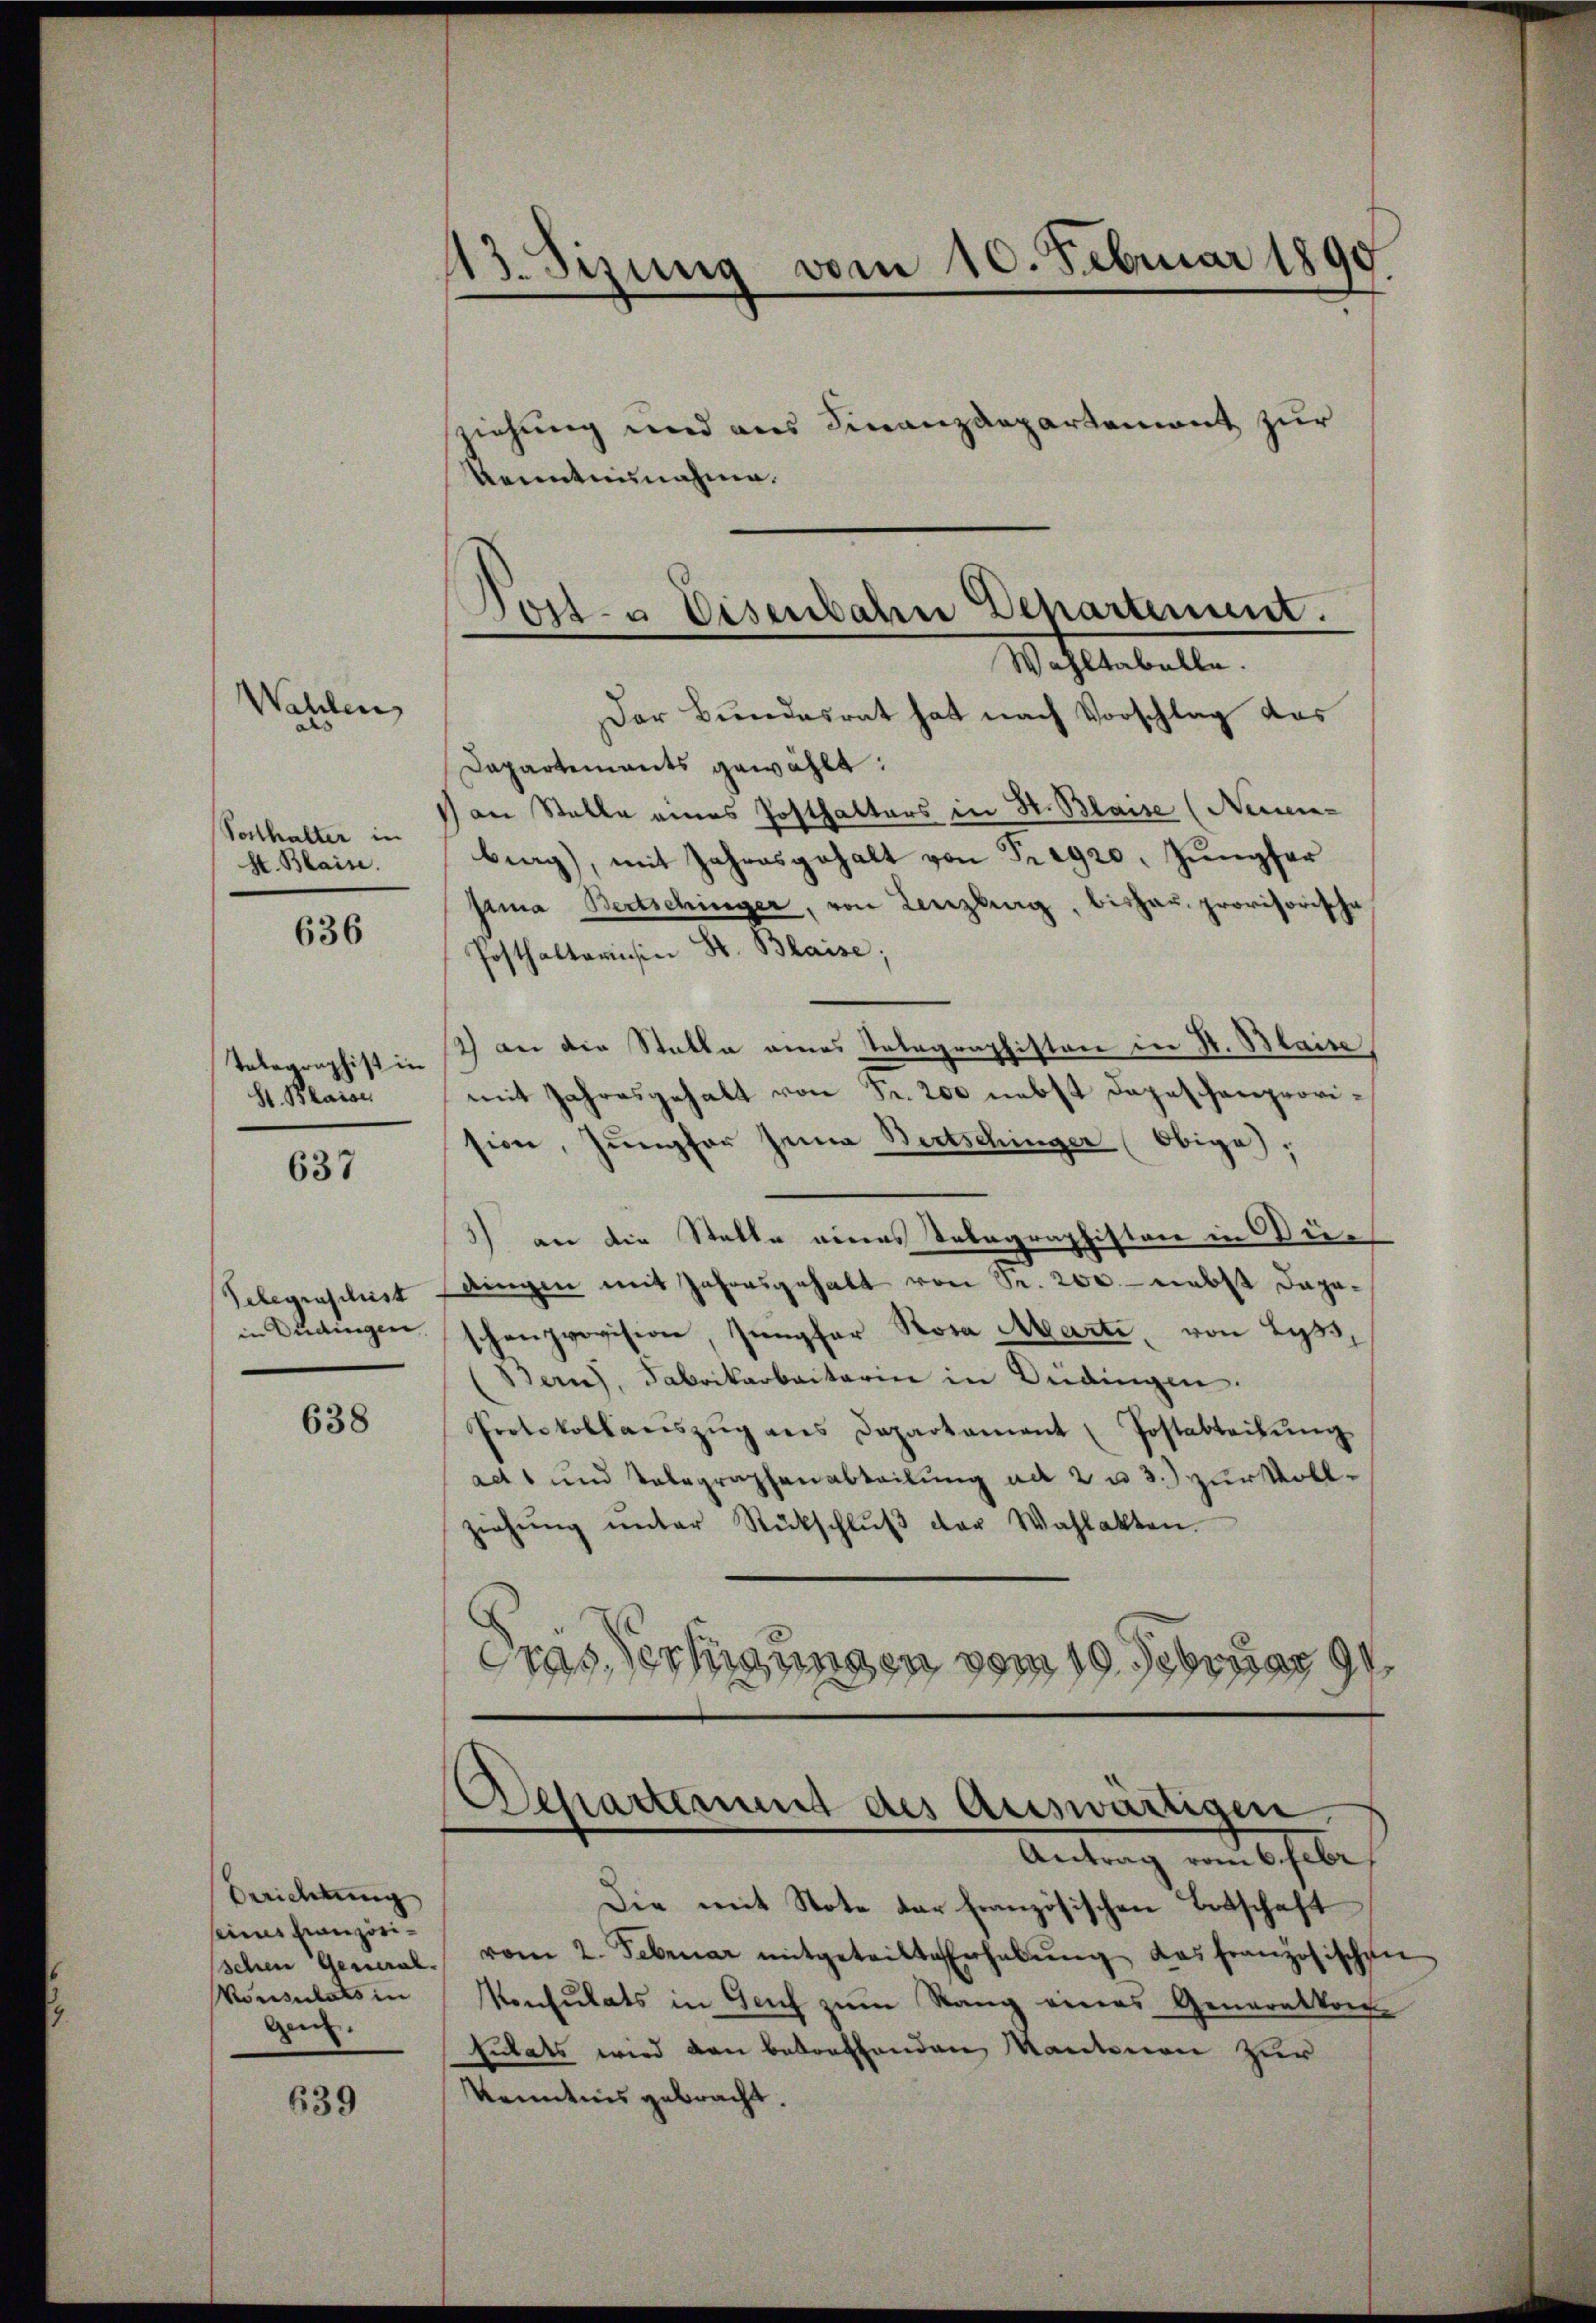
Vorthalter in
H. Blaise.

Wahlen

636

Telegraphist in
St. Blaiser

637

Gelegenschrist
in Dudingen.

638

Berichtung
seines Französi¬
Konsulats in
Gen.

639

43. Sizung vom 10. Februar 1890

ziehung und aus Finanzdepartement zur
Kenntnunahme.

Post- u Eisenbahn Departement.
Wahltabelle.

Der Bundesrat hat nach Vorschlag das
Dapartements gewählt:
an Stelle eines Posthalters in H. Blaise (Neuen-
burg), mit Jahresgehalt von Tragzo, Jungfer
sana Bertschinger, von Lenzburg, bishar provisorische
Posthalterisin St. Blaise;
2) an die Stalle eines Telegraphiston in S. Blaise
mit Jahresgehalt von Fr. 200 nebst Depeschenprovision, Jungfer Jena Bertschinger (Obige,
3) an die Statte eines Telegraphiston in Beidingen mit Jahresgehalt von Sr. 200. - nebst dageschenprovision, sempfer Rosa Marti, von Lyss,
Bans, Fabrikarbaitarin in Bedingen.
Protokollariszŭg ans Departament Postabteilŭng
acts und Telegraphenabteilung ad 2 u 3.) zur Vollziehŭng ŭnter Rückschlŭβ der Wahlakten.
das Verfügungen vom 19. Februar 191.

Departement des Auswärtigen.
Antrag vom 6. Febr

Die mit Note der französischen Botschaft
schen General. vom 2. Februar mitgeteilte Erhabŭng das französischen
Konsulats in Geich zum Rang eines Generaltorf
Eutats wird den betreffenden Mantenen zur
Kenntnis gebracht.